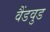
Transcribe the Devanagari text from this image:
वैंडवुड